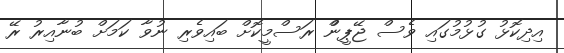
އިދިކޮޅު ގުޅުމުގައި ވެސް ޖޭޕީންް ރަސްމީކޮށް ބައިވެރި ނުވާ ކަމަށް ބުނާއިރު ރޭ